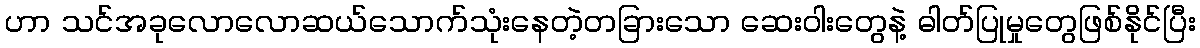
ဟာ သင်အခုလောလောဆယ်သောက်သုံးနေတဲ့တခြားသော ဆေးဝါးတွေနဲ့ ဓါတ်ပြုမှုတွေဖြစ်နိုင်ပြီး